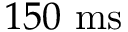
1 5 0 ~ \mathrm { m s }